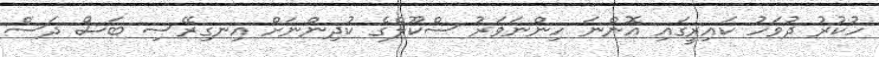
ހުކުރު ދުވަހު ކައިރީގައި އޮންނަ ހިންނަވަރު ސްކޫލްގެ ކުދިންނަށް އިނގިރޭސި ބަސް ދަސް